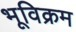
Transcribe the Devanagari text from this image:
भूविक्रम